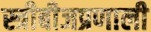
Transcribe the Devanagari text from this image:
स्त्रीबीजप्रणाली